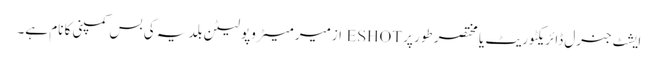
ایشٹ جنرل ڈائریکٹوریٹ یا مختصر طور پر ESHOT ازمیر میٹروپولیٹن بلدیہ کی بس کمپنی کا نام ہے۔